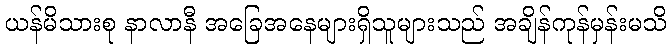
ယန်မိသားစု နာလာနီ အခြေအနေများရှိသူများသည် အချိန်ကုန်မှန်းမသိ